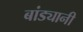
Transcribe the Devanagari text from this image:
बांड्यानी